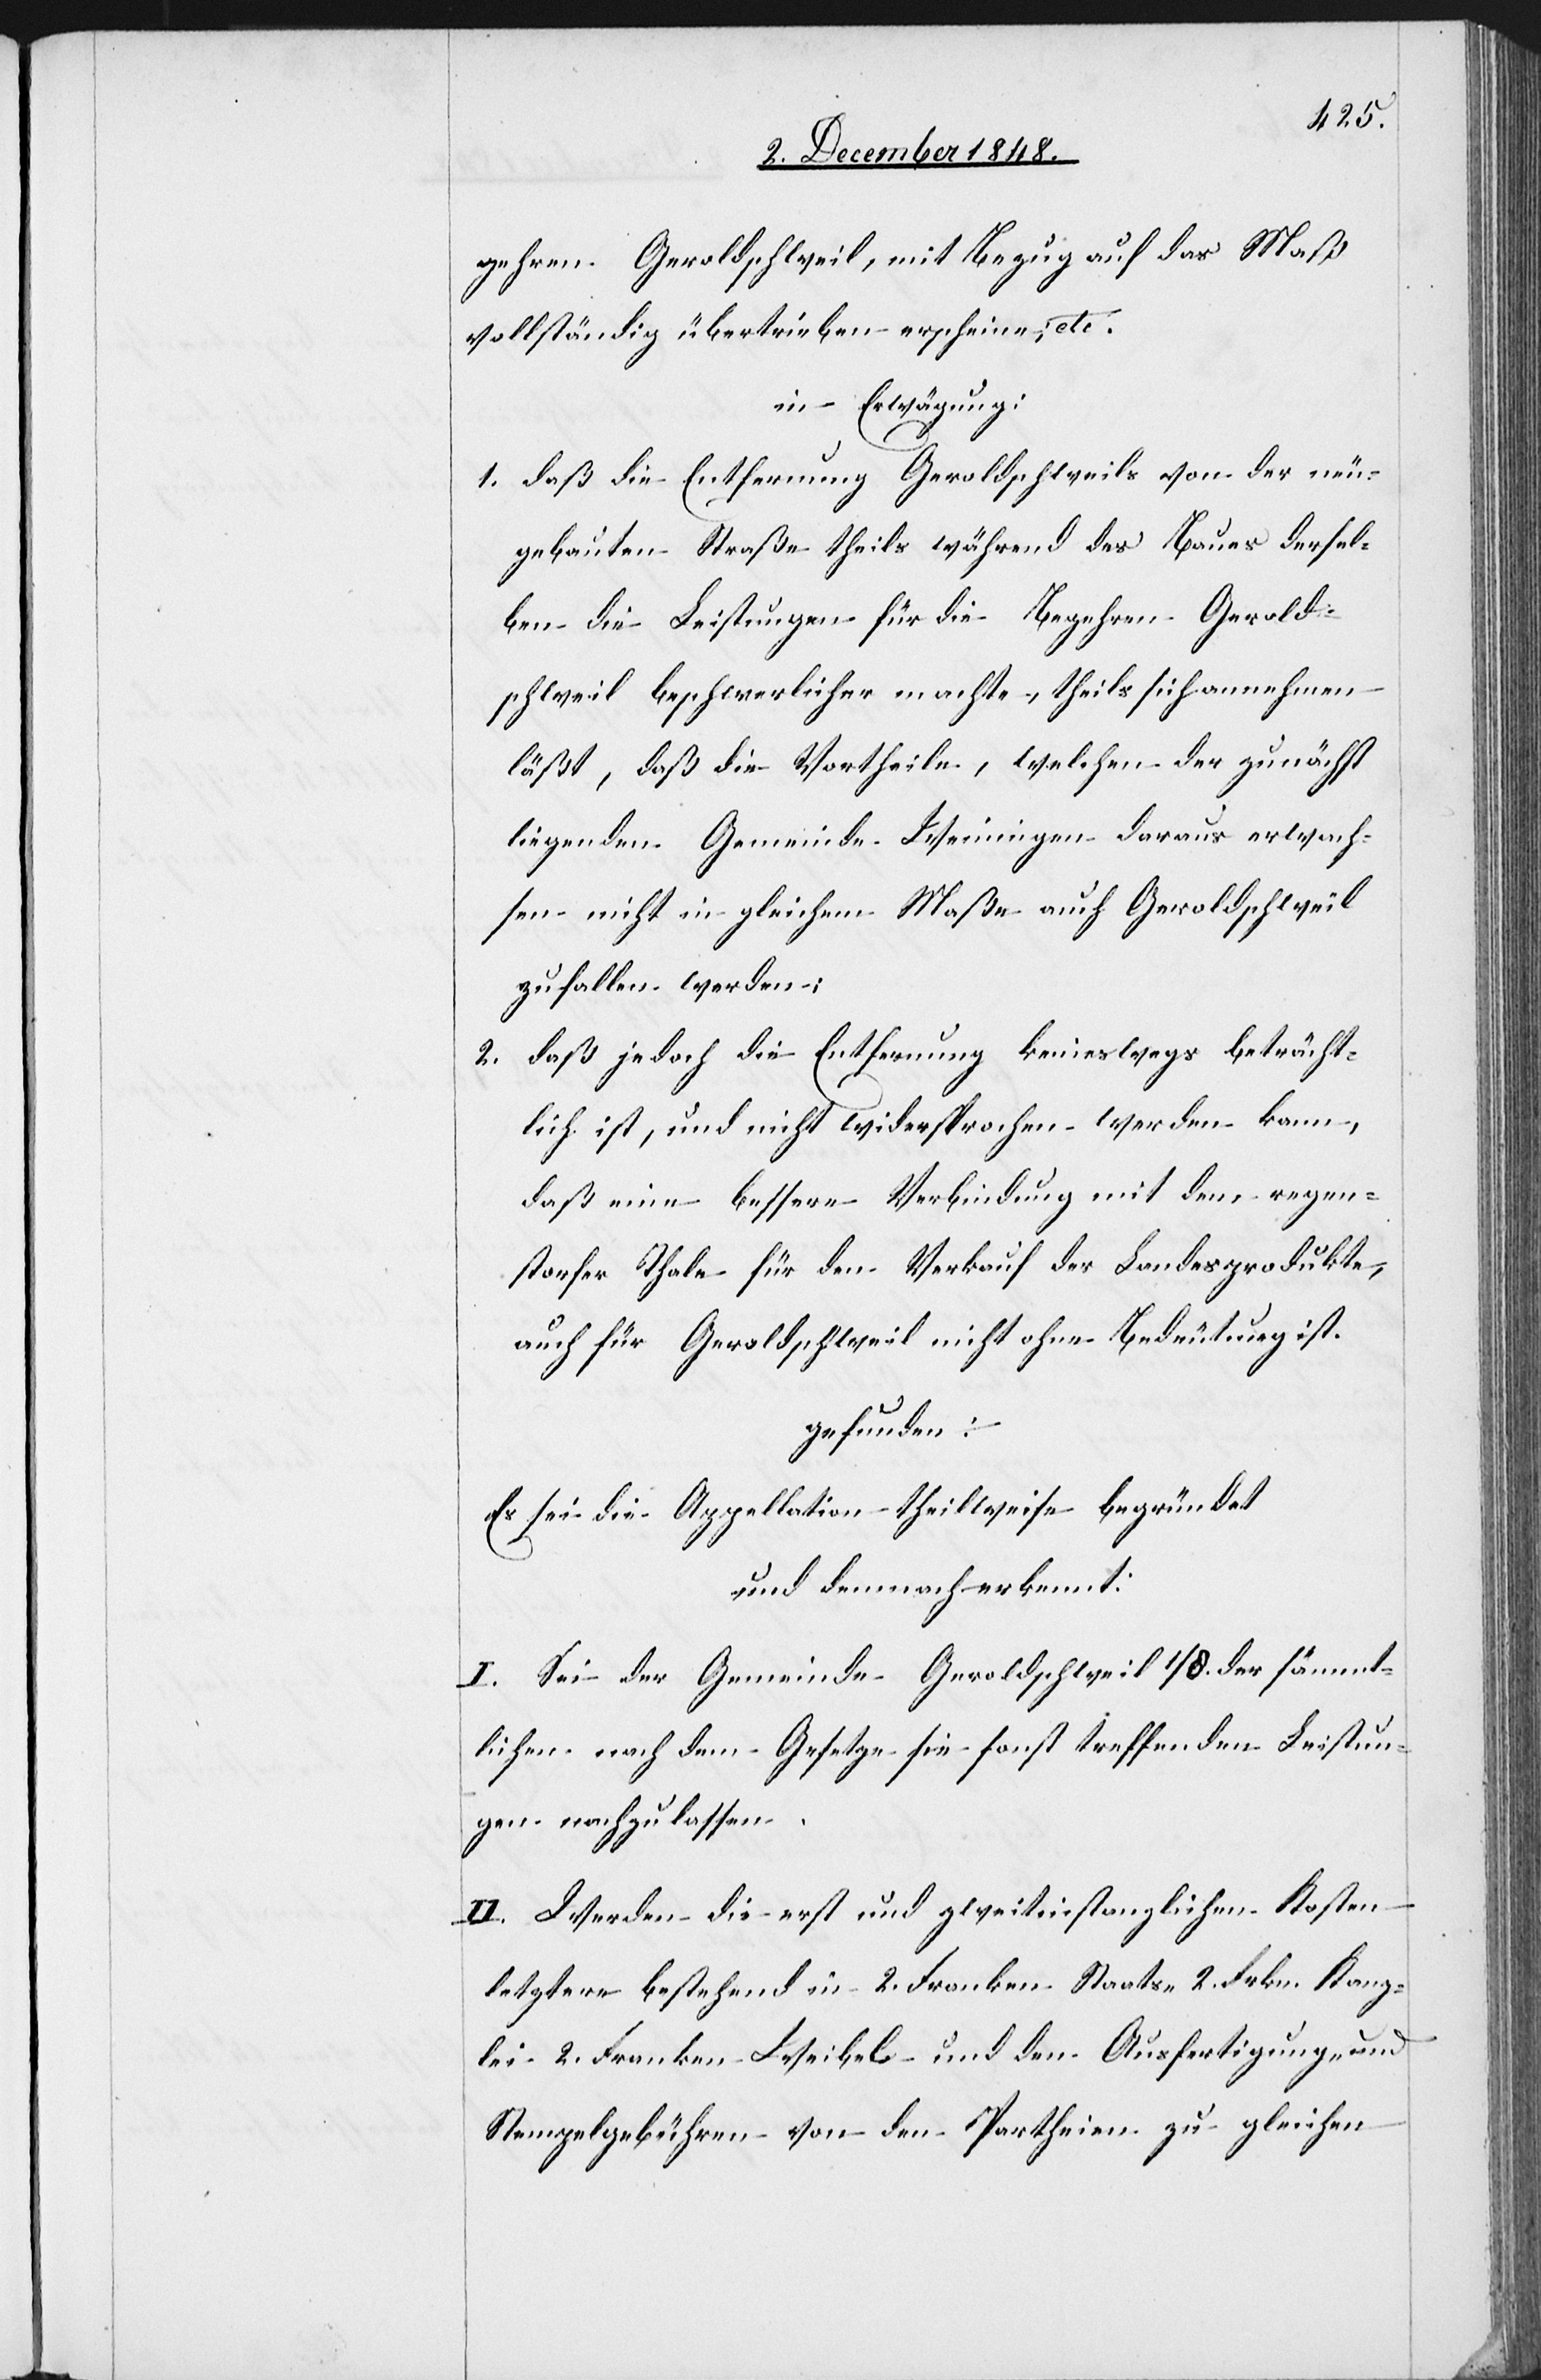
gehren Geroldschweil, mit Bezug auf das Maß
vollständig übertrieben erscheine, etc.
in Erwägung:
1. Daß die Entfernung Geroldschweils von der neu¬
gebauten Straße theils während des Baues dersel¬
ben die Leistungen für die Begehren Gerold¬
schweil beschwerlicher machte, theils sich annehmen
läst, daß die Vortheile, welchen der zunächst
liegenden Gemeinde Weiningen daraus erwach¬
sen nicht in gleichem Maße auch Geroldschweil
zufallen werden;
2. daß jedoch die Entfernung keineswegs beträcht¬
lich ist, und nicht widersprochen werden kann,
daß eine bessere Verbindung mit dem regen¬
storfer Thale für den Verkauf der Landesprodukte,
auch für Geroldschweil nicht ohne Bedeutung ist.
gefunden:
Es sei die Appellation theilweise begründet
und demnach erkennt:
I. Sei der Gemeinde Geroldschweil 1/8. der sämmt¬
lichen nach dem Gesetze sie sonst treffenden Leistun¬
gen nachzulassen.
II. Werden die erst[-] und zweitinstanzlichen Kosten
letztere bestehend in 2. Franken Staats[,] 2. Frkn. Kanz¬
lei-[,] 2. Franken Weibel- und den Ausfertigung- und
Stempelgebühren von den Partheien zu gleichen